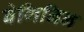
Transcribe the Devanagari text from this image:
बेगिनिन